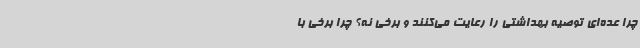
چرا عده‌ای توصیه بهداشتی را رعایت می‌کنند و برخی نه؟ چرا برخی با